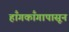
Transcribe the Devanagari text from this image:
हाँगकाँगापासून